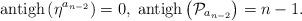
LaTeX: \begin{align*}\mathrm{antigh}\left( \eta ^{a_{n-2}}\right) =0,\;\mathrm{antigh}\left(\mathcal{P}_{a_{n-2}}\right) =n-1. \end{align*}